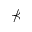
\nprec